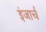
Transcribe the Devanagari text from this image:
इंजार्च